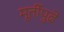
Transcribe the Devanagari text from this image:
मूर्तीपुढे